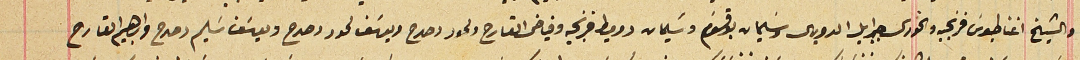
والشيخ اغناطيوسَ فرنجيه والخورى جبرايل الدويهى وسَليمان بوقسَوم وسَليمان دوميط فرنجيه وفياض القارح ولحود دحدح ويوسَف لحود دحدح ويوسَف سَليم دحدح وابرهيم القارح